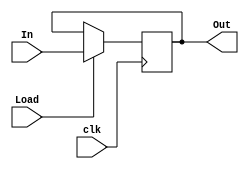
module Register4b(
    clk, Load, In,
    Out
);
    input wire clk;
    input wire Load;
    input wire [3:0] In;
    output reg [3:0] Out;

    initial begin
        Out <= 0;
    end

    always @(posedge clk) begin
        if (Load) begin
            Out <= In;
        end
    end
endmodule